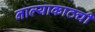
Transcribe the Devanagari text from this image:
नाल्याकाठची